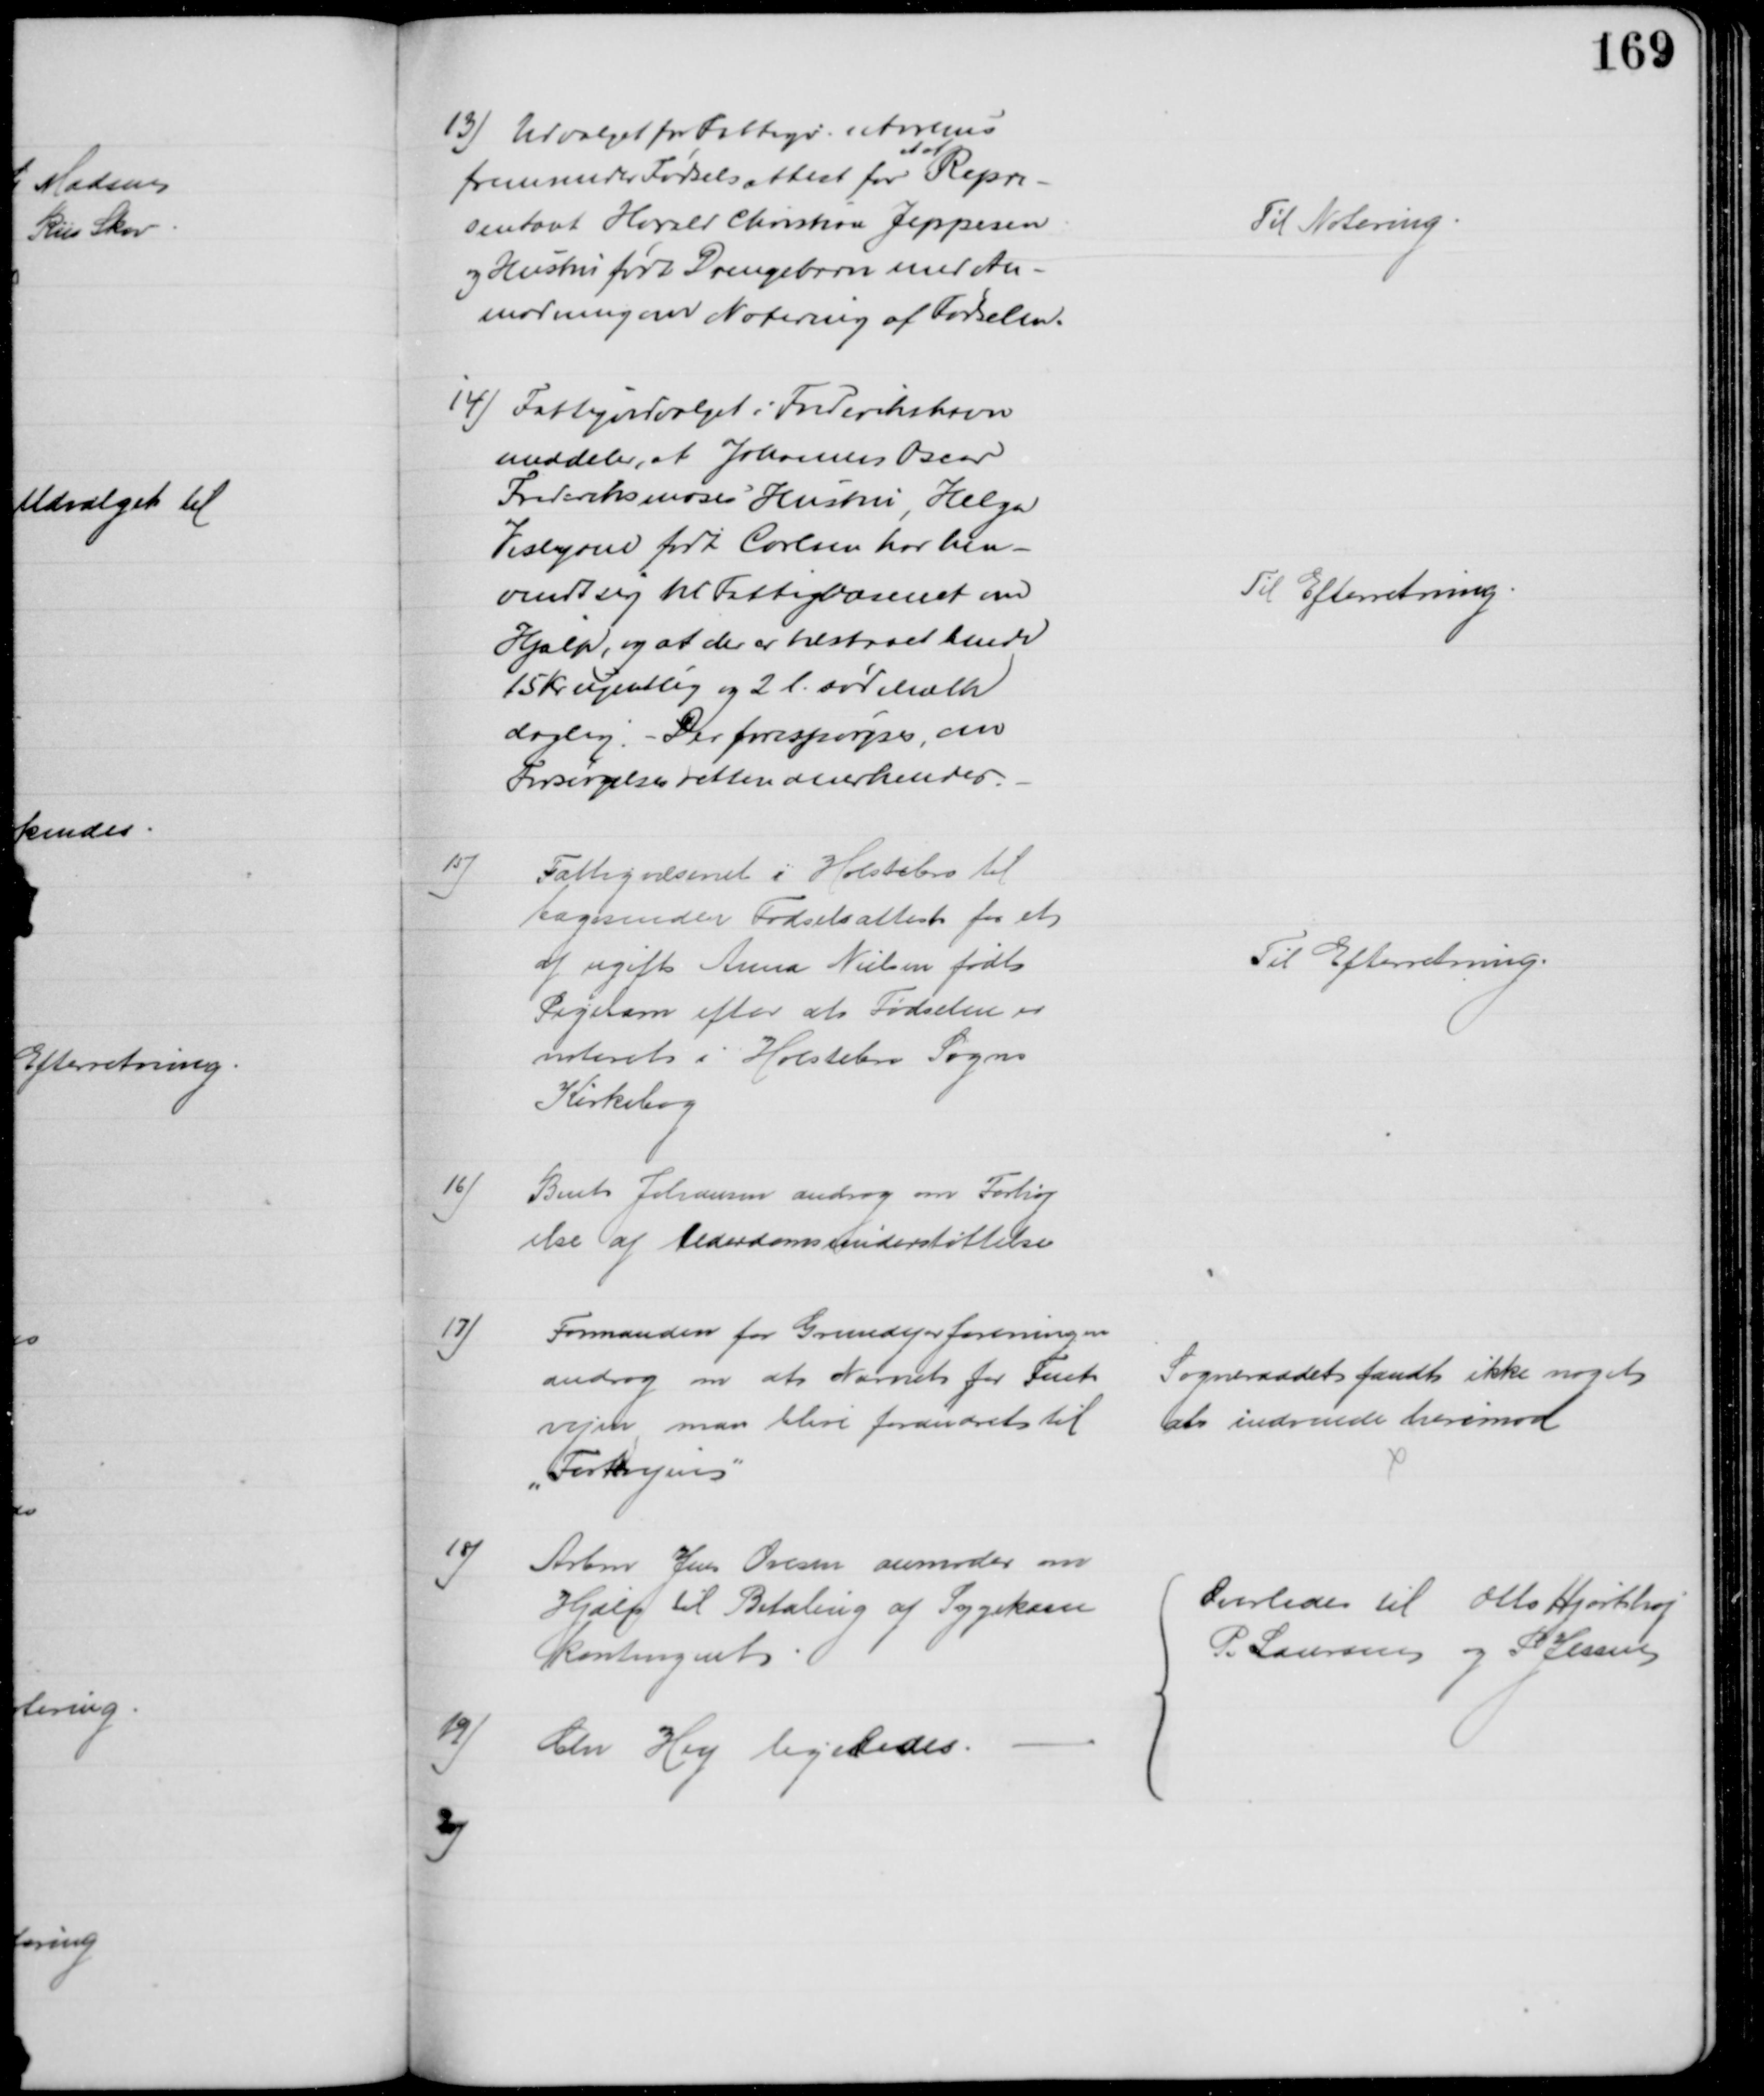
Transskription:
13) Udvalget for Fattigv. i Aarhus
fremsender Fødselsattest for 
et af
Repre-
sentant Harald Christian Jeppesen
og Hustru født Drengebarn med An-
modning om Notering af Fødselen.
Til Notering
14) Fattigudvalget i Frederikshavn
meddeler, at Johannes Oscar
Frederiksmoses Hustru, Helga
Veslyane født Carlsen har hen-
vendt sig til Fattigvæsenet om 
Hjælp, og at der er tilstaaet hende
15 Kr ugentlig og 2 l. sød Mælk
daglig. - Der forespørgses, om
Forsørgelsesretten anerkendes.
Til Efterretning
15)
Fattigvæsenet i Holstebro til
bagesender Fødselsattest for et 
af ugift Anna Nielsen født
Pigebarn efter at Fødselen er
noteret i Holstebro Sogns
Kirkebog
Til Efterretning.
16)
Bent Johansen androg om Forhøj
else af Alderdomsunderstøttelse
17)
Formanden for Grundejerforeningen
androg om at Navnet for Fuet
vejen, maa blive forandret til
"Fortevejen"
Sogneraadet fandt ikke noget 
at indvende herimod
18)
Arbm Jens Ovesen anmoder om
Hjælp til Betaling af Sygekasse
Kontingent
19) Chr Hey ligeledes.
Overlodes til Otto Hjortshøj
P Laursen og P Jessen
20)